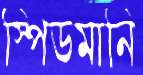
স্পিডমানি